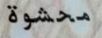
محشوة